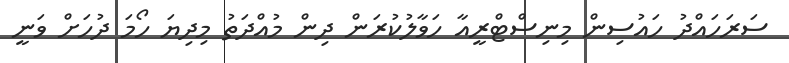
ސަރަހައްދު ހައުސިން މިނިސްޓްރީއާ ހަވާލުކުރަން ދިން މުއްދަތު މިދިޔަ ހޯމަ ދުހަށް ވަނީ